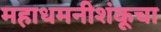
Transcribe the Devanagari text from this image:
महाधमनीशंकूचा